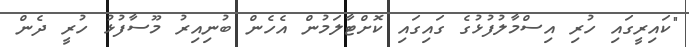
"ކައިރީގައި ހުރި އިސްމާލުފުޅުގެ ގައިގައި ކޮށްޓާލަމުން އެހެން ބުނިއިރު މޫސާފުޅު ހުރީ ދެން